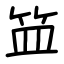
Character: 笽